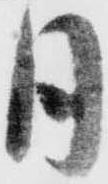
月